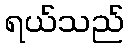
ရယ်သည်